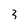
Character: 3